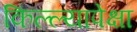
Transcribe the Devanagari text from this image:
किल्ल्यापेक्षा